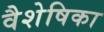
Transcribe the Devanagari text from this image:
वैशेषिका